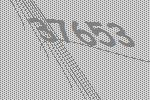
37653